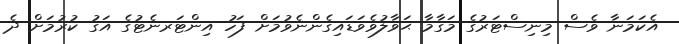
އެކަމަނާ ވެސް މިނިސްޓަރުގެ މަގާމާ ޙަވާލުވެވަޑައިގެންނެވުމަށް ފަހު އިންޓަރނެޓުގެ އަގު ކުރުމަށް ދެ